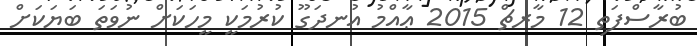
ބުރާސްފަތި 12 މާރޗް 2015 ޢާއްމު އުނދަގޫ ކުރުމަކީ މީހަކަށް ނުވަތަ ބަޔަކަށް